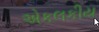
એકલકીય